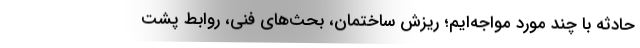
حادثه با چند مورد مواجه‌ایم؛ ریزش ساختمان، بحث‌های فنی، روابط پشت